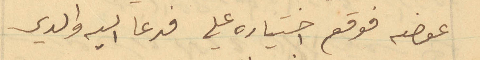
عوضه فوقع اختياره علي فدعا اليه والدي